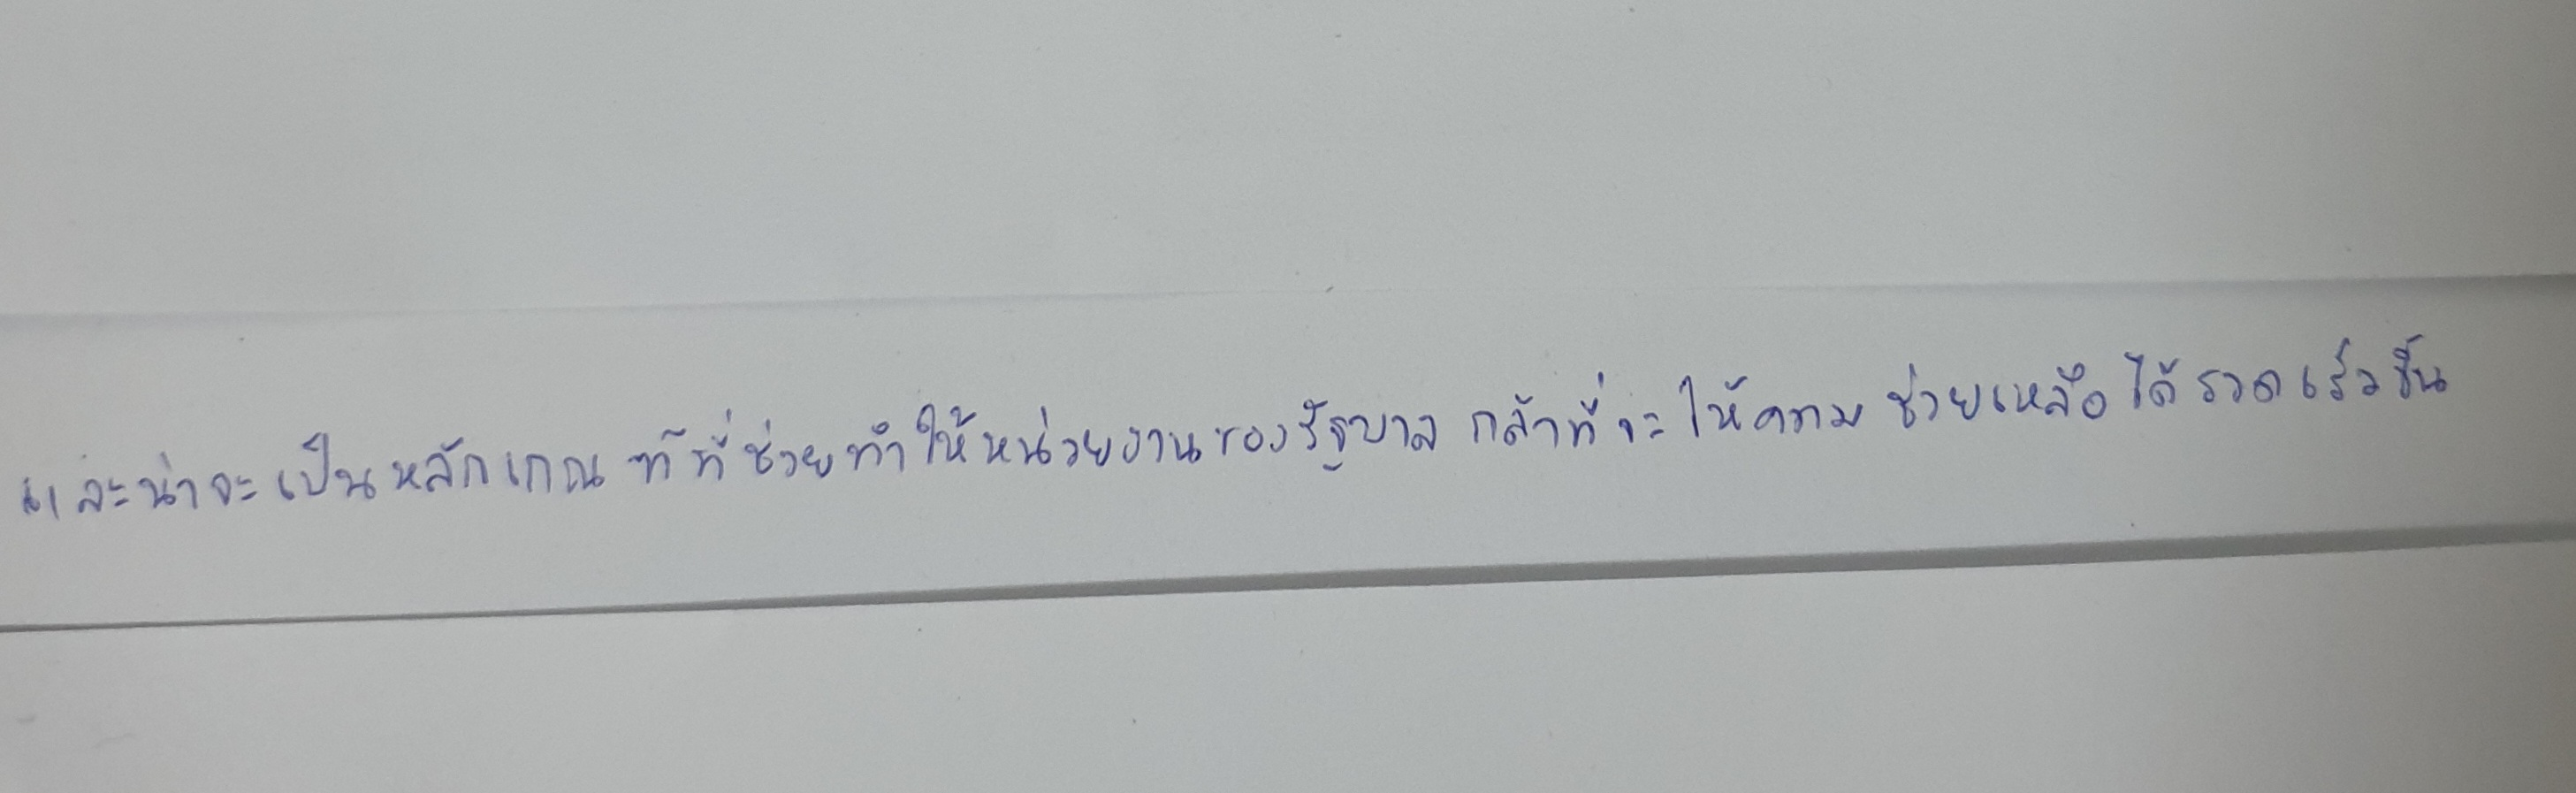
และน่าจะเป็นหลักเกณฑ์ที่ช่วยทำให้หน่วยงานของรัฐกล้าที่จะให้ความช่วยเหลือได้เร็วขึ้น